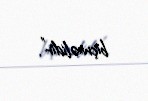
biçməlidir”.